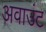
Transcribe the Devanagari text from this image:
अवाउंट